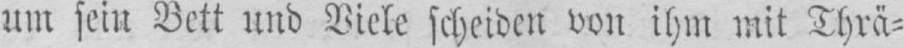
um sein Bett und Viele scheiden von ihm mit Thrä⸗